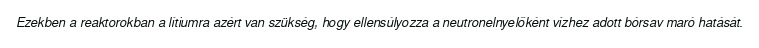
Ezekben a reaktorokban a lítiumra azért van szükség, hogy ellensúlyozza a neutronelnyelőként vízhez adott bórsav maró hatását.